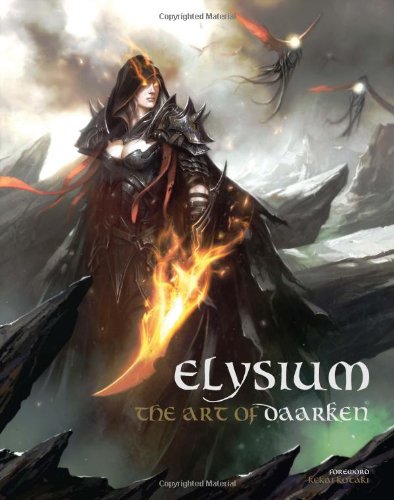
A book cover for Elysium - The Art of Daarken; Mike Lim; Arts & Photography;